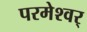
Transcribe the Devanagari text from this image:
परमेश्वर्